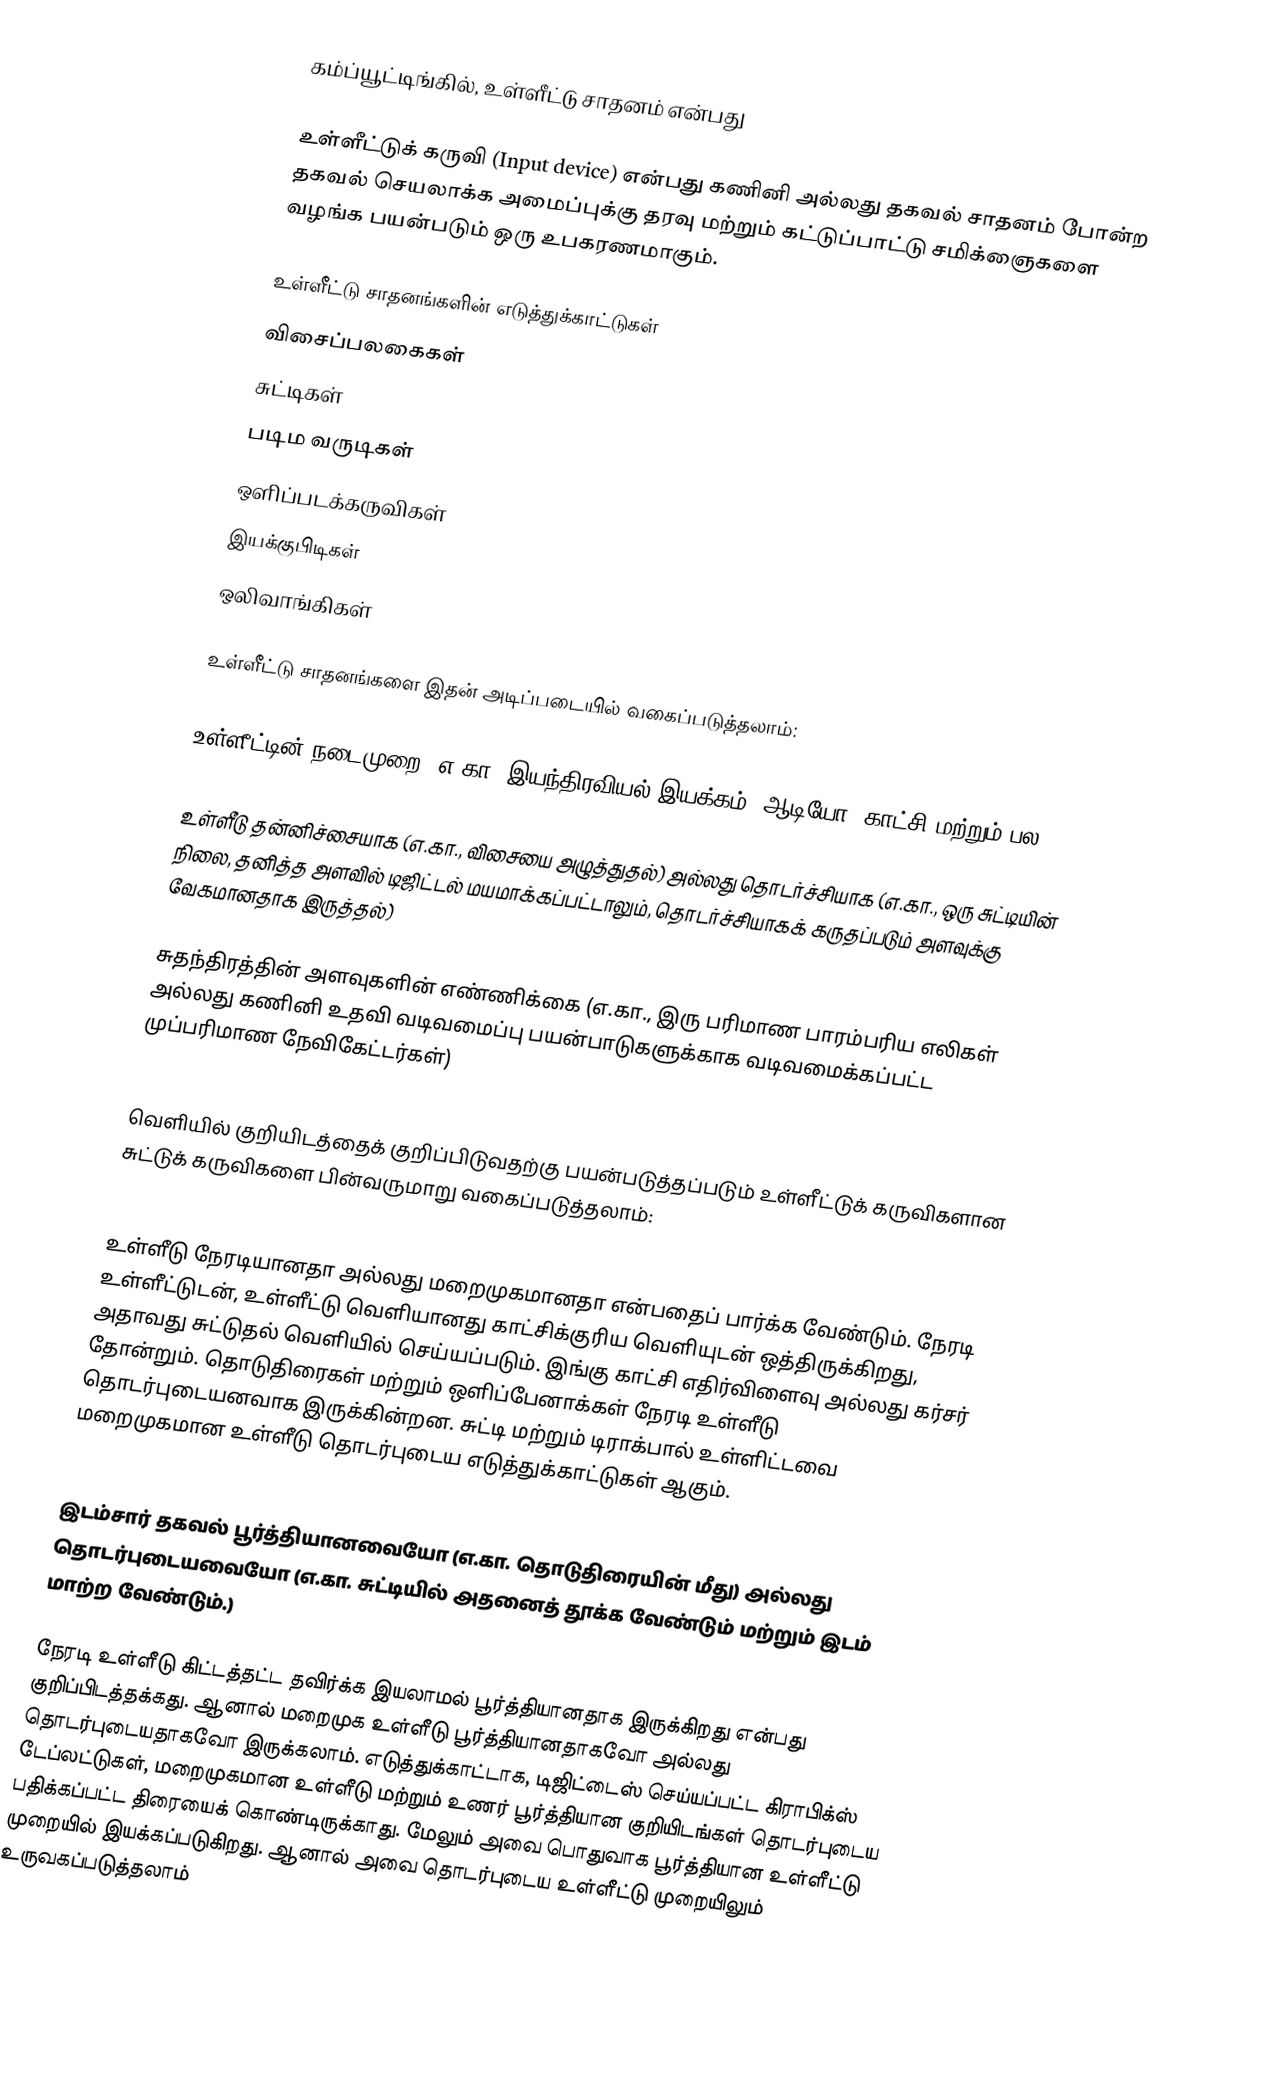
கம்ப்யூட்டிங்கில், உள்ளீட்டு சாதனம் என்பது

உள்ளீட்டுக் கருவி (Input device) என்பது கணினி அல்லது தகவல் சாதனம் போன்ற தகவல் செயலாக்க அமைப்புக்கு தரவு மற்றும் கட்டுப்பாட்டு சமிக்ஞைகளை வழங்க பயன்படும் ஒரு உபகரணமாகும்.

உள்ளீட்டு சாதனங்களின் எடுத்துக்காட்டுகள்
 விசைப்பலகைகள்
 சுட்டிகள்
 படிம வருடிகள்
 ஒளிப்படக்கருவிகள்
 இயக்குபிடிகள்
 ஒலிவாங்கிகள்

உள்ளீட்டு சாதனங்களை இதன் அடிப்படையில் வகைப்படுத்தலாம்:

 உள்ளீட்டின் நடைமுறை (எ.கா. இயந்திரவியல் இயக்கம், ஆடியோ, காட்சி மற்றும் பல.)

 உள்ளீடு தன்னிச்சையாக (எ.கா., விசையை அழுத்துதல்) அல்லது தொடர்ச்சியாக (எ.கா., ஒரு சுட்டியின் நிலை, தனித்த அளவில் டிஜிட்டல் மயமாக்கப்பட்டாலும், தொடர்ச்சியாகக் கருதப்படும் அளவுக்கு வேகமானதாக இருத்தல்)

 சுதந்திரத்தின் அளவுகளின் எண்ணிக்கை (எ.கா., இரு பரிமாண பாரம்பரிய எலிகள் அல்லது கணினி உதவி வடிவமைப்பு பயன்பாடுகளுக்காக வடிவமைக்கப்பட்ட முப்பரிமாண நேவிகேட்டர்கள்)

வெளியில் குறியிடத்தைக் குறிப்பிடுவதற்கு பயன்படுத்தப்படும் உள்ளீட்டுக் கருவிகளான சுட்டுக் கருவிகளை பின்வருமாறு வகைப்படுத்தலாம்:

 உள்ளீடு நேரடியானதா அல்லது மறைமுகமானதா என்பதைப் பார்க்க வேண்டும். நேரடி உள்ளீட்டுடன், உள்ளீட்டு வெளியானது காட்சிக்குரிய வெளியுடன் ஒத்திருக்கிறது, அதாவது சுட்டுதல் வெளியில் செய்யப்படும். இங்கு காட்சி எதிர்விளைவு அல்லது கர்சர் தோன்றும். தொடுதிரைகள் மற்றும் ஒளிப்பேனாக்கள் நேரடி உள்ளீடு தொடர்புடையனவாக இருக்கின்றன. சுட்டி மற்றும் டிராக்பால் உள்ளிட்டவை மறைமுகமான உள்ளீடு தொடர்புடைய எடுத்துக்காட்டுகள் ஆகும்.

 இடம்சார் தகவல் பூர்த்தியானவையோ (எ.கா. தொடுதிரையின் மீது) அல்லது தொடர்புடையவையோ (எ.கா. சுட்டியில் அதனைத் தூக்க வேண்டும் மற்றும் இடம் மாற்ற வேண்டும்.)

நேரடி உள்ளீடு கிட்டத்தட்ட தவிர்க்க இயலாமல் பூர்த்தியானதாக இருக்கிறது என்பது குறிப்பிடத்தக்கது. ஆனால் மறைமுக உள்ளீடு பூர்த்தியானதாகவோ அல்லது தொடர்புடையதாகவோ இருக்கலாம். எடுத்துக்காட்டாக, டிஜிட்டைஸ் செய்யப்பட்ட கிராபிக்ஸ் டேப்லட்டுகள், மறைமுகமான உள்ளீடு மற்றும் உணர் பூர்த்தியான குறியிடங்கள் தொடர்புடைய பதிக்கப்பட்ட திரையைக் கொண்டிருக்காது. மேலும் அவை பொதுவாக பூர்த்தியான உள்ளீட்டு முறையில் இயக்கப்படுகிறது. ஆனால் அவை தொடர்புடைய உள்ளீட்டு முறையிலும் உருவகப்படுத்தலாம்